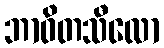
ဘာဝိတသီလော